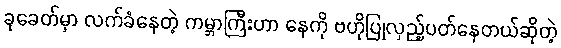
ခုခေတ်မှာ လက်ခံနေတဲ့ ကမ္ဘာကြီးဟာ နေကို ဗဟိုပြုလှည့်ပတ်နေတယ်ဆိုတဲ့